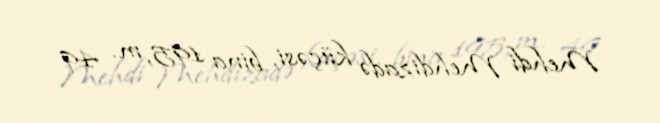
Mehdi Mehdizadə küçəsi, bina 195, m. 49